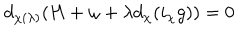
LaTeX: d _ { \chi ( \lambda ) } ( H + \omega + \lambda d _ { \chi } ( i _ { \chi } g ) ) = 0